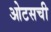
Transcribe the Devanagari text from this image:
ओटसची